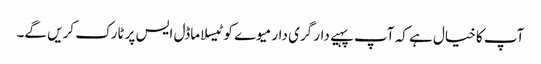
آپ کا خیال ہے کہ آپ پہیے دار گری دار میوے کو ٹیسلا ماڈل ایس پر ٹارک کریں گے۔